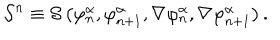
{ \cal S } ^ { n } \equiv { \cal S } \left( \varphi _ { n } ^ { \alpha } , \varphi _ { n + 1 } ^ { \alpha } , \nabla \varphi _ { n } ^ { \alpha } , \nabla \varphi _ { n + 1 } ^ { \alpha } \right) .